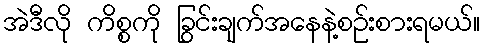
အဲဒီလို ကိစ္စကို ခြွင်းချက်အနေနဲ့စဉ်းစားရမယ်။